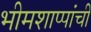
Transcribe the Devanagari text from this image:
भीमशाप्पांची